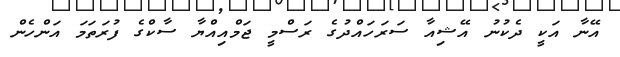
އޭނާ އަކީ ދެކުނު އޭޝިއާ ސަރަހައްދުގެ ރަސްމީ ޖަމްއިއްޔާ ސާކްގެ ފުރަތަމަ އަންހެން